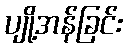
ပျို့အန်ခြင်း